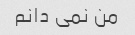
من نمی دانم